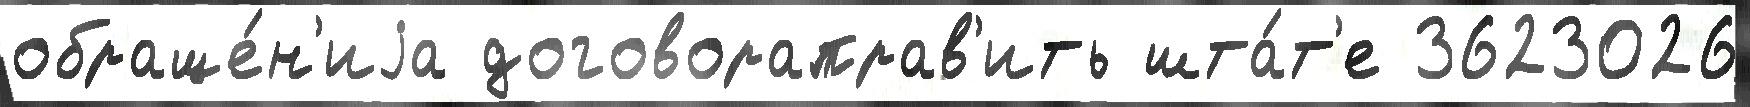
обраще́н'иjа договораправ'ить шта́т'е 3623026